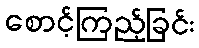
စောင့်ကြည့်ခြင်း